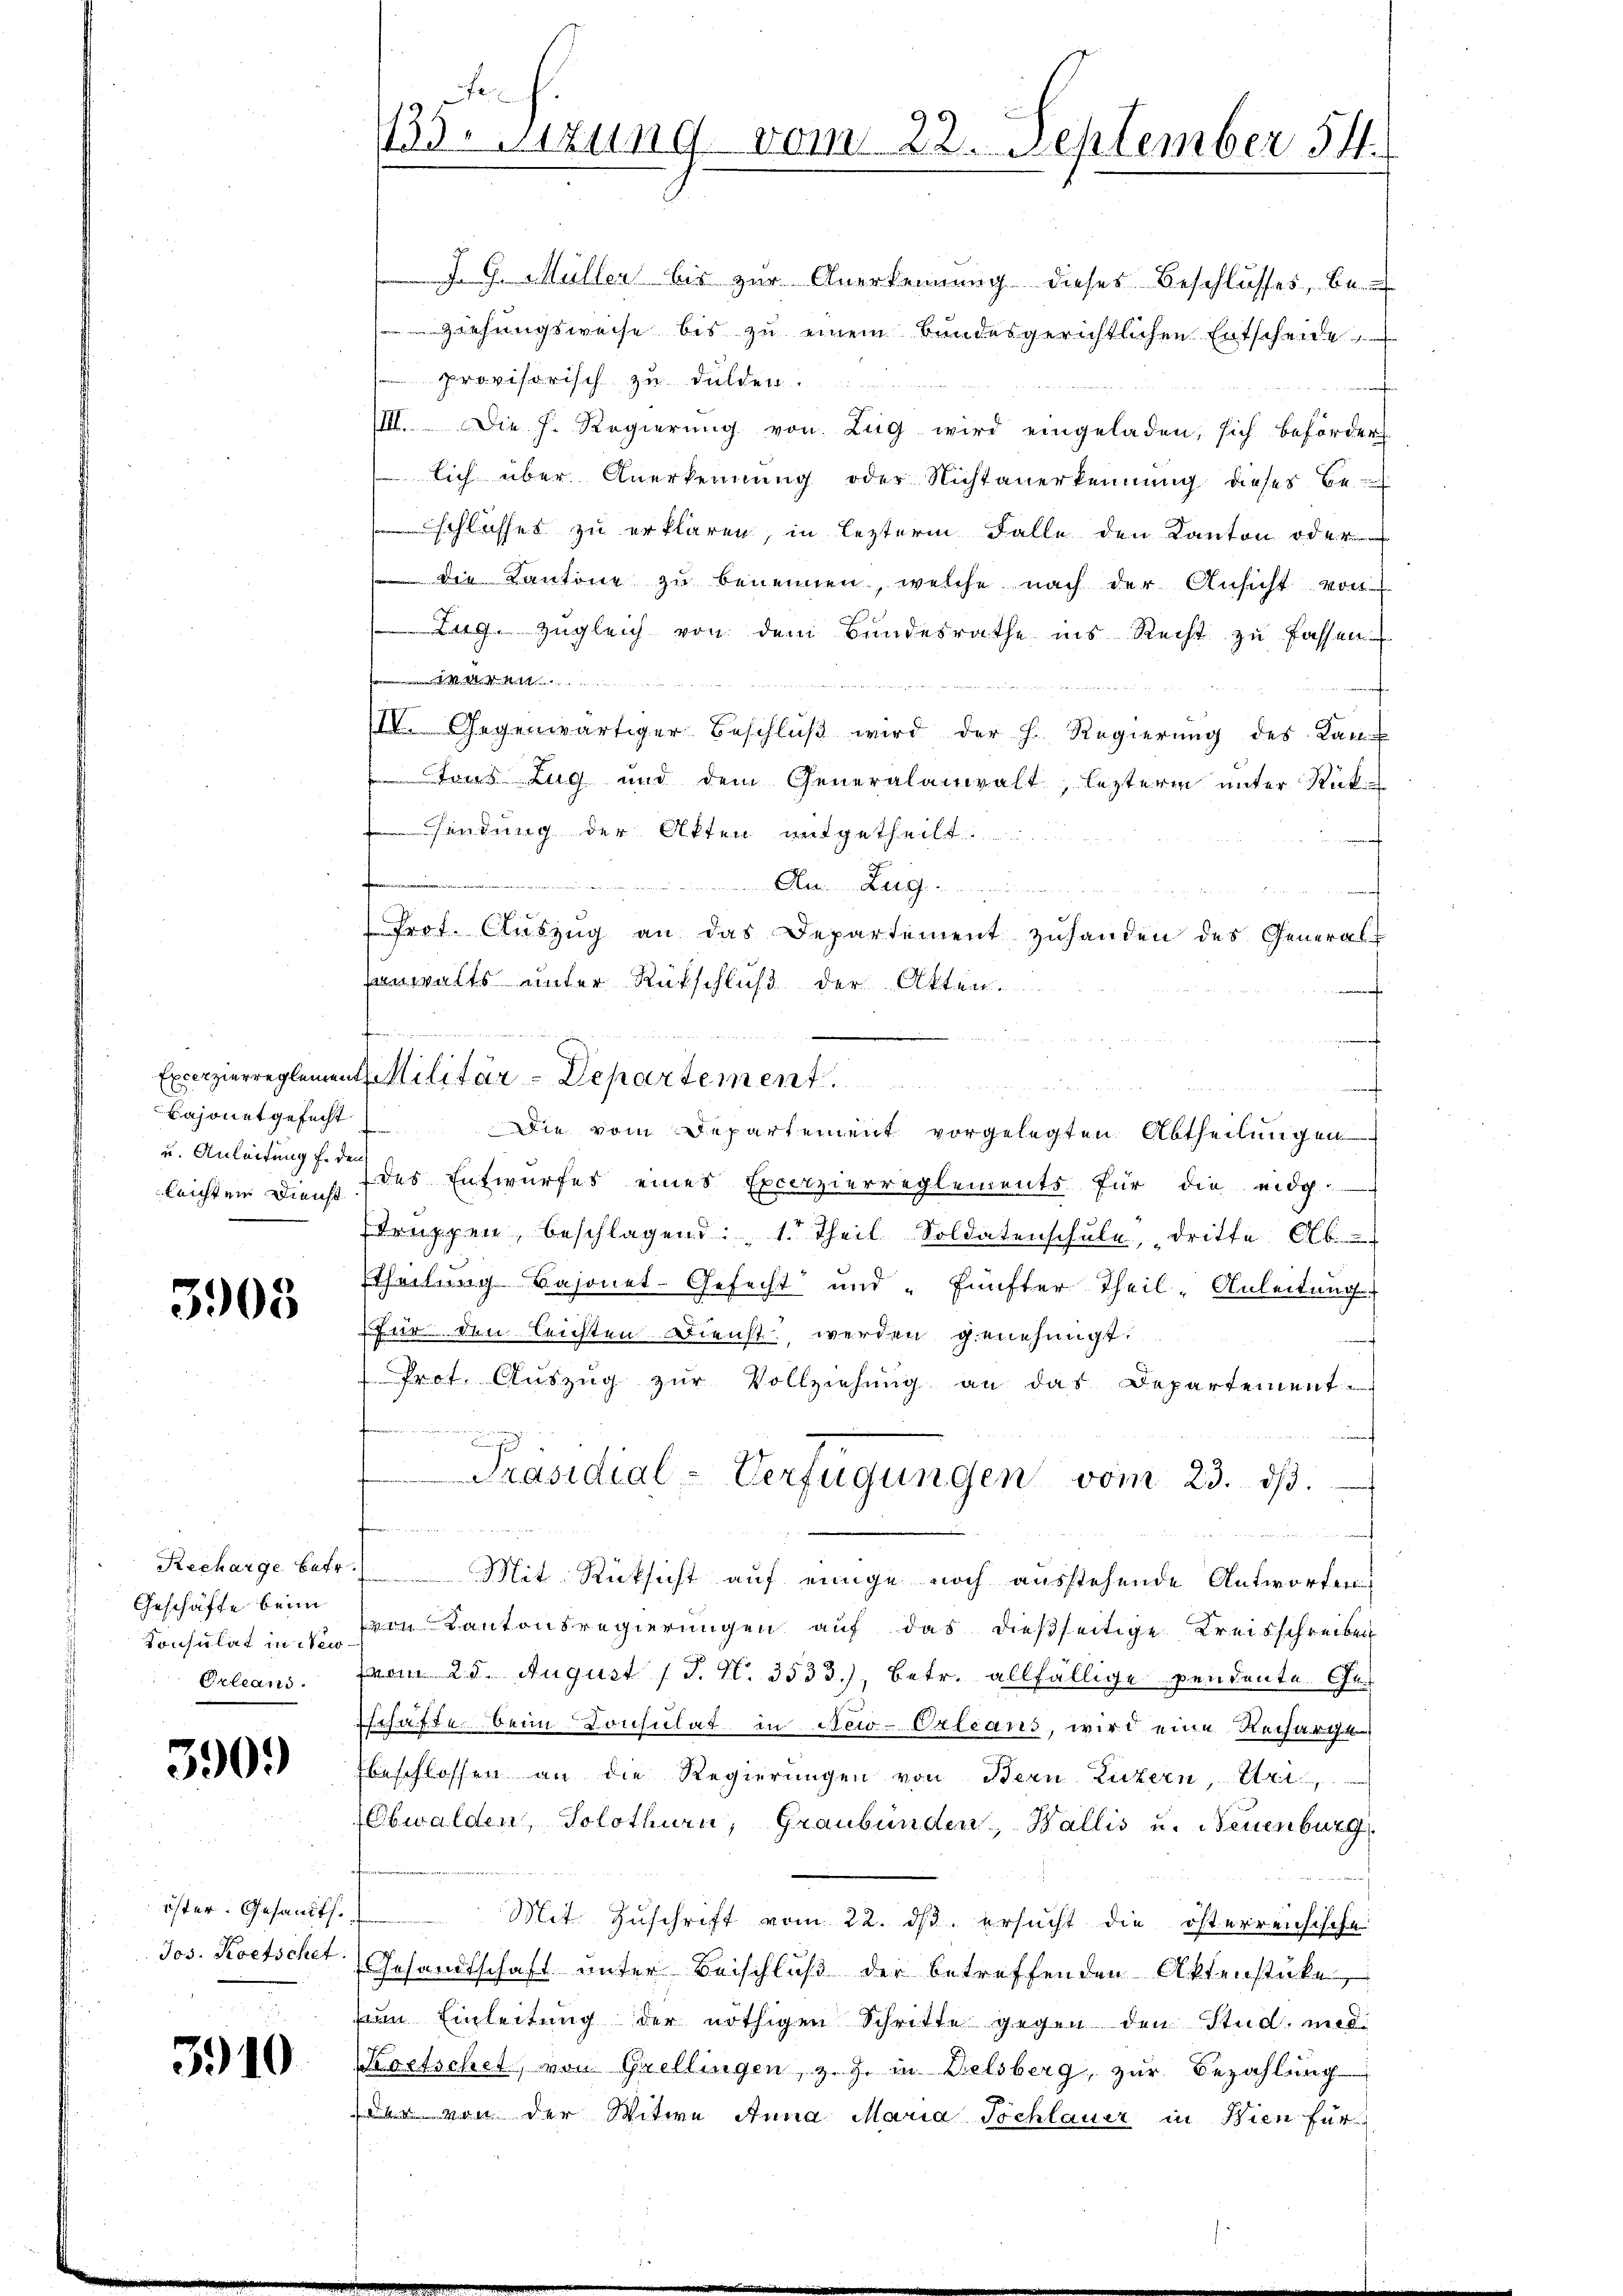
Bajonet gefecht.
lrichten Dienst

3903

Geschäfte beim
Konsulat in New
Orleand.

3909

öster. Gesandts.
Jos. Koetschet.

3910

J. G. Müller bis zur Anerkennung dieses Beschlusses, be-
Ziehungsweise bis zu einem Bundesgerichtlichen Entscheide
 provisorisch zu dulden.
IIII. Die h. Regierŭng von Zŭg wird eingeladen, sich beförder
lich über Anerkennung oder Nichtanerkennung dieses Be-
schlusses zu erklären, in lezterm Falle den Kanton oder
die Kantone zu benennen, welche nach der Ansicht von
 zugleich von dem Bundesrathe ins Recht zu fassen

wette und vermeistern verweiten von deshalt und schon den nach de
IIV. Gegenwärtiger Beschlŭβ wird der h. Regierŭng des Kan
Tons Zug und dem Generalanwalt, lezterm unter Rück-
sendung der Akten mitgetheilt.
....................
 Prot. Aŭszŭg an das Departement zŭhanden des General-
anwalts unter Rückschluß der Akten.
f
i
d
Die vom Departement vorgelegten Abtheilungen
u. Anleitung sich der Entwurfes eines Excerzierreglements für die eidg.
trŭppen, beschlagend: 1. Theil Soldatenschŭle dritte Ab
ttheilung Bajonet-Gefecht und fünfter Theil - Anleitung
für den leichten Dienst werden genehmigt.
Prof. Auszug zur Vollziehung an das Departement
n
Präsidial-Verfügungen vom 23. d.

t
Recharge betr. Mit Rücksicht auf einige noch ausstehende Antworten
von Kantonsregierungen auf das dießseitige Kreisschreiben
vom 25. August (T. N. 3533), betr. allfällige pendente. Geschaften beim Consulat in New-Orleans, wird eine Recharge
beschlossen an die Regierungen von Bern Luzern, A
(Obwalden, Solothurn, Graubünden, Wallis u. Neuenburg,
Mit Zuschrift vom 22. ds. ersucht die österreichische
Gesandtschaft unter Beischluß der betreffenden Aktenstücke,
m Einleitung der nöthigen Schritte gegen den Stud. und
Kortschet, von Grellingen, z. Z. in Delsberg, zur Bezahlung
der von der Witwe Anna Maria Tochlauer in Wien für

.
133. Sitzung vom 22. September 14.

Excerpierreglement Militär-Departement.

u